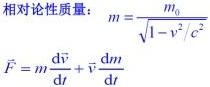
相对论性质：
\[
m = \frac{m_0}{\sqrt{1 - v^2 / c^2}}
\]
\[
\vec{F} = m \frac{d\vec{v}}{dt} + \vec{v} \frac{dm}{dt}
\]